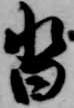
沓